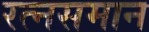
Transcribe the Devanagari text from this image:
रत्नसमान